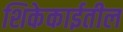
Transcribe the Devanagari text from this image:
शिकेकाईतील